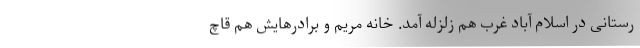
رستانی در اسلام آباد غرب هم زلزله آمد. خانه مریم و برادرهایش هم قاچ